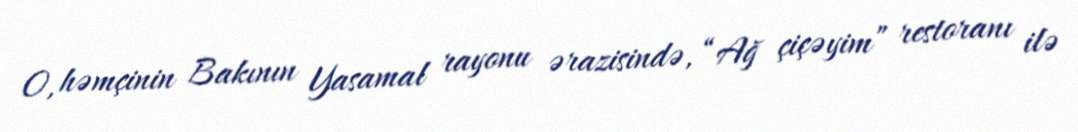
O, həmçinin Bakının Yasamal rayonu ərazisində, “Ağ çiçəyim” restoranı ilə